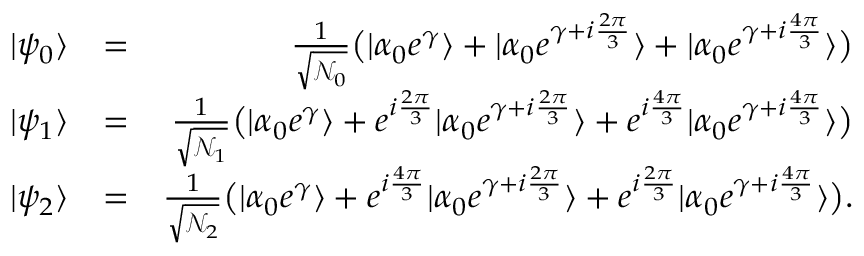
\begin{array} { r l r } { | \psi _ { 0 } \rangle } & { = } & { \frac { 1 } { \sqrt { \mathcal { N } _ { 0 } } } \big ( | \alpha _ { 0 } e ^ { \gamma } \rangle + | \alpha _ { 0 } e ^ { \gamma + i \frac { 2 \pi } { 3 } } \rangle + | \alpha _ { 0 } e ^ { \gamma + i \frac { 4 \pi } { 3 } } \rangle \big ) } \\ { | \psi _ { 1 } \rangle } & { = } & { \frac { 1 } { \sqrt { \mathcal { N } _ { 1 } } } \big ( | \alpha _ { 0 } e ^ { \gamma } \rangle + e ^ { i \frac { 2 \pi } { 3 } } | \alpha _ { 0 } e ^ { \gamma + i \frac { 2 \pi } { 3 } } \rangle + e ^ { i \frac { 4 \pi } { 3 } } | \alpha _ { 0 } e ^ { \gamma + i \frac { 4 \pi } { 3 } } \rangle \big ) } \\ { | \psi _ { 2 } \rangle } & { = } & { \frac { 1 } { \sqrt { \mathcal { N } _ { 2 } } } \big ( | \alpha _ { 0 } e ^ { \gamma } \rangle + e ^ { i \frac { 4 \pi } { 3 } } | \alpha _ { 0 } e ^ { \gamma + i \frac { 2 \pi } { 3 } } \rangle + e ^ { i \frac { 2 \pi } { 3 } } | \alpha _ { 0 } e ^ { \gamma + i \frac { 4 \pi } { 3 } } \rangle \big ) . } \end{array}